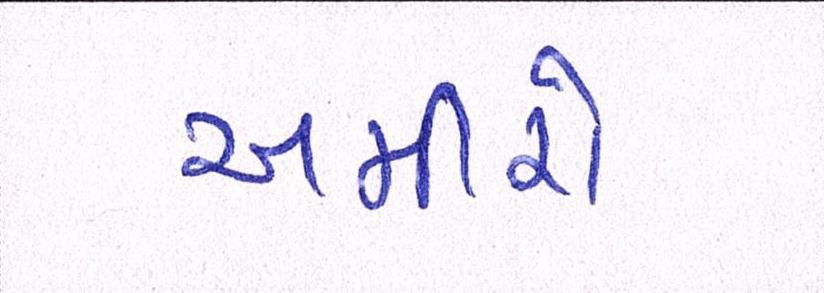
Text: અમીરો